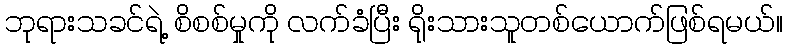
ဘုရားသခင်ရဲ့ စိစစ်မှုကို လက်ခံပြီး ရိုးသားသူတစ်ယောက်ဖြစ်ရမယ်။